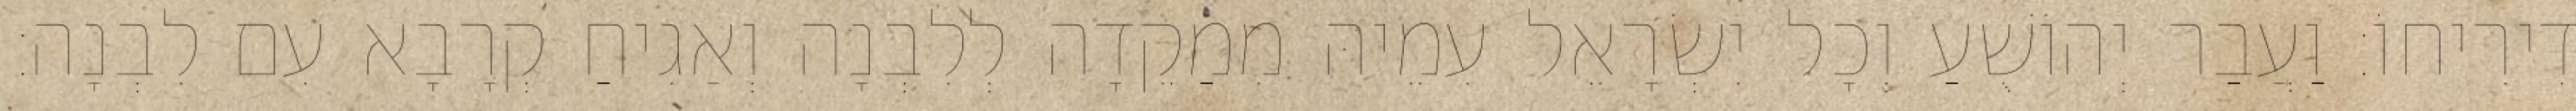
דִירִיחוֹ׃ וַעֲבַר יְהוֹשֻׁעַ וְכָל יִשְׂרָאֵל עִמֵיהּ מִמַקֵדָה לְלִבְנָה וְאַגִיחַ קְרָבָא עִם לִבְנָה׃